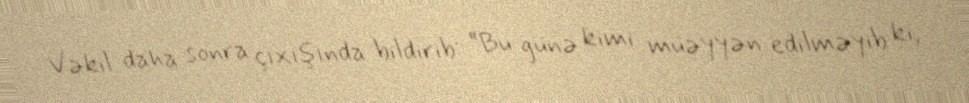
Vəkil daha sonra çıxışında bildirib: “Bu günə kimi müəyyən edilməyib ki,